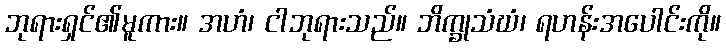
ဘုရားရှင်၏မူကား။ အဟံ၊ ငါဘုရားသည်။ ဘိက္ခုသံဃံ၊ ရဟန်းအပေါင်းကို။